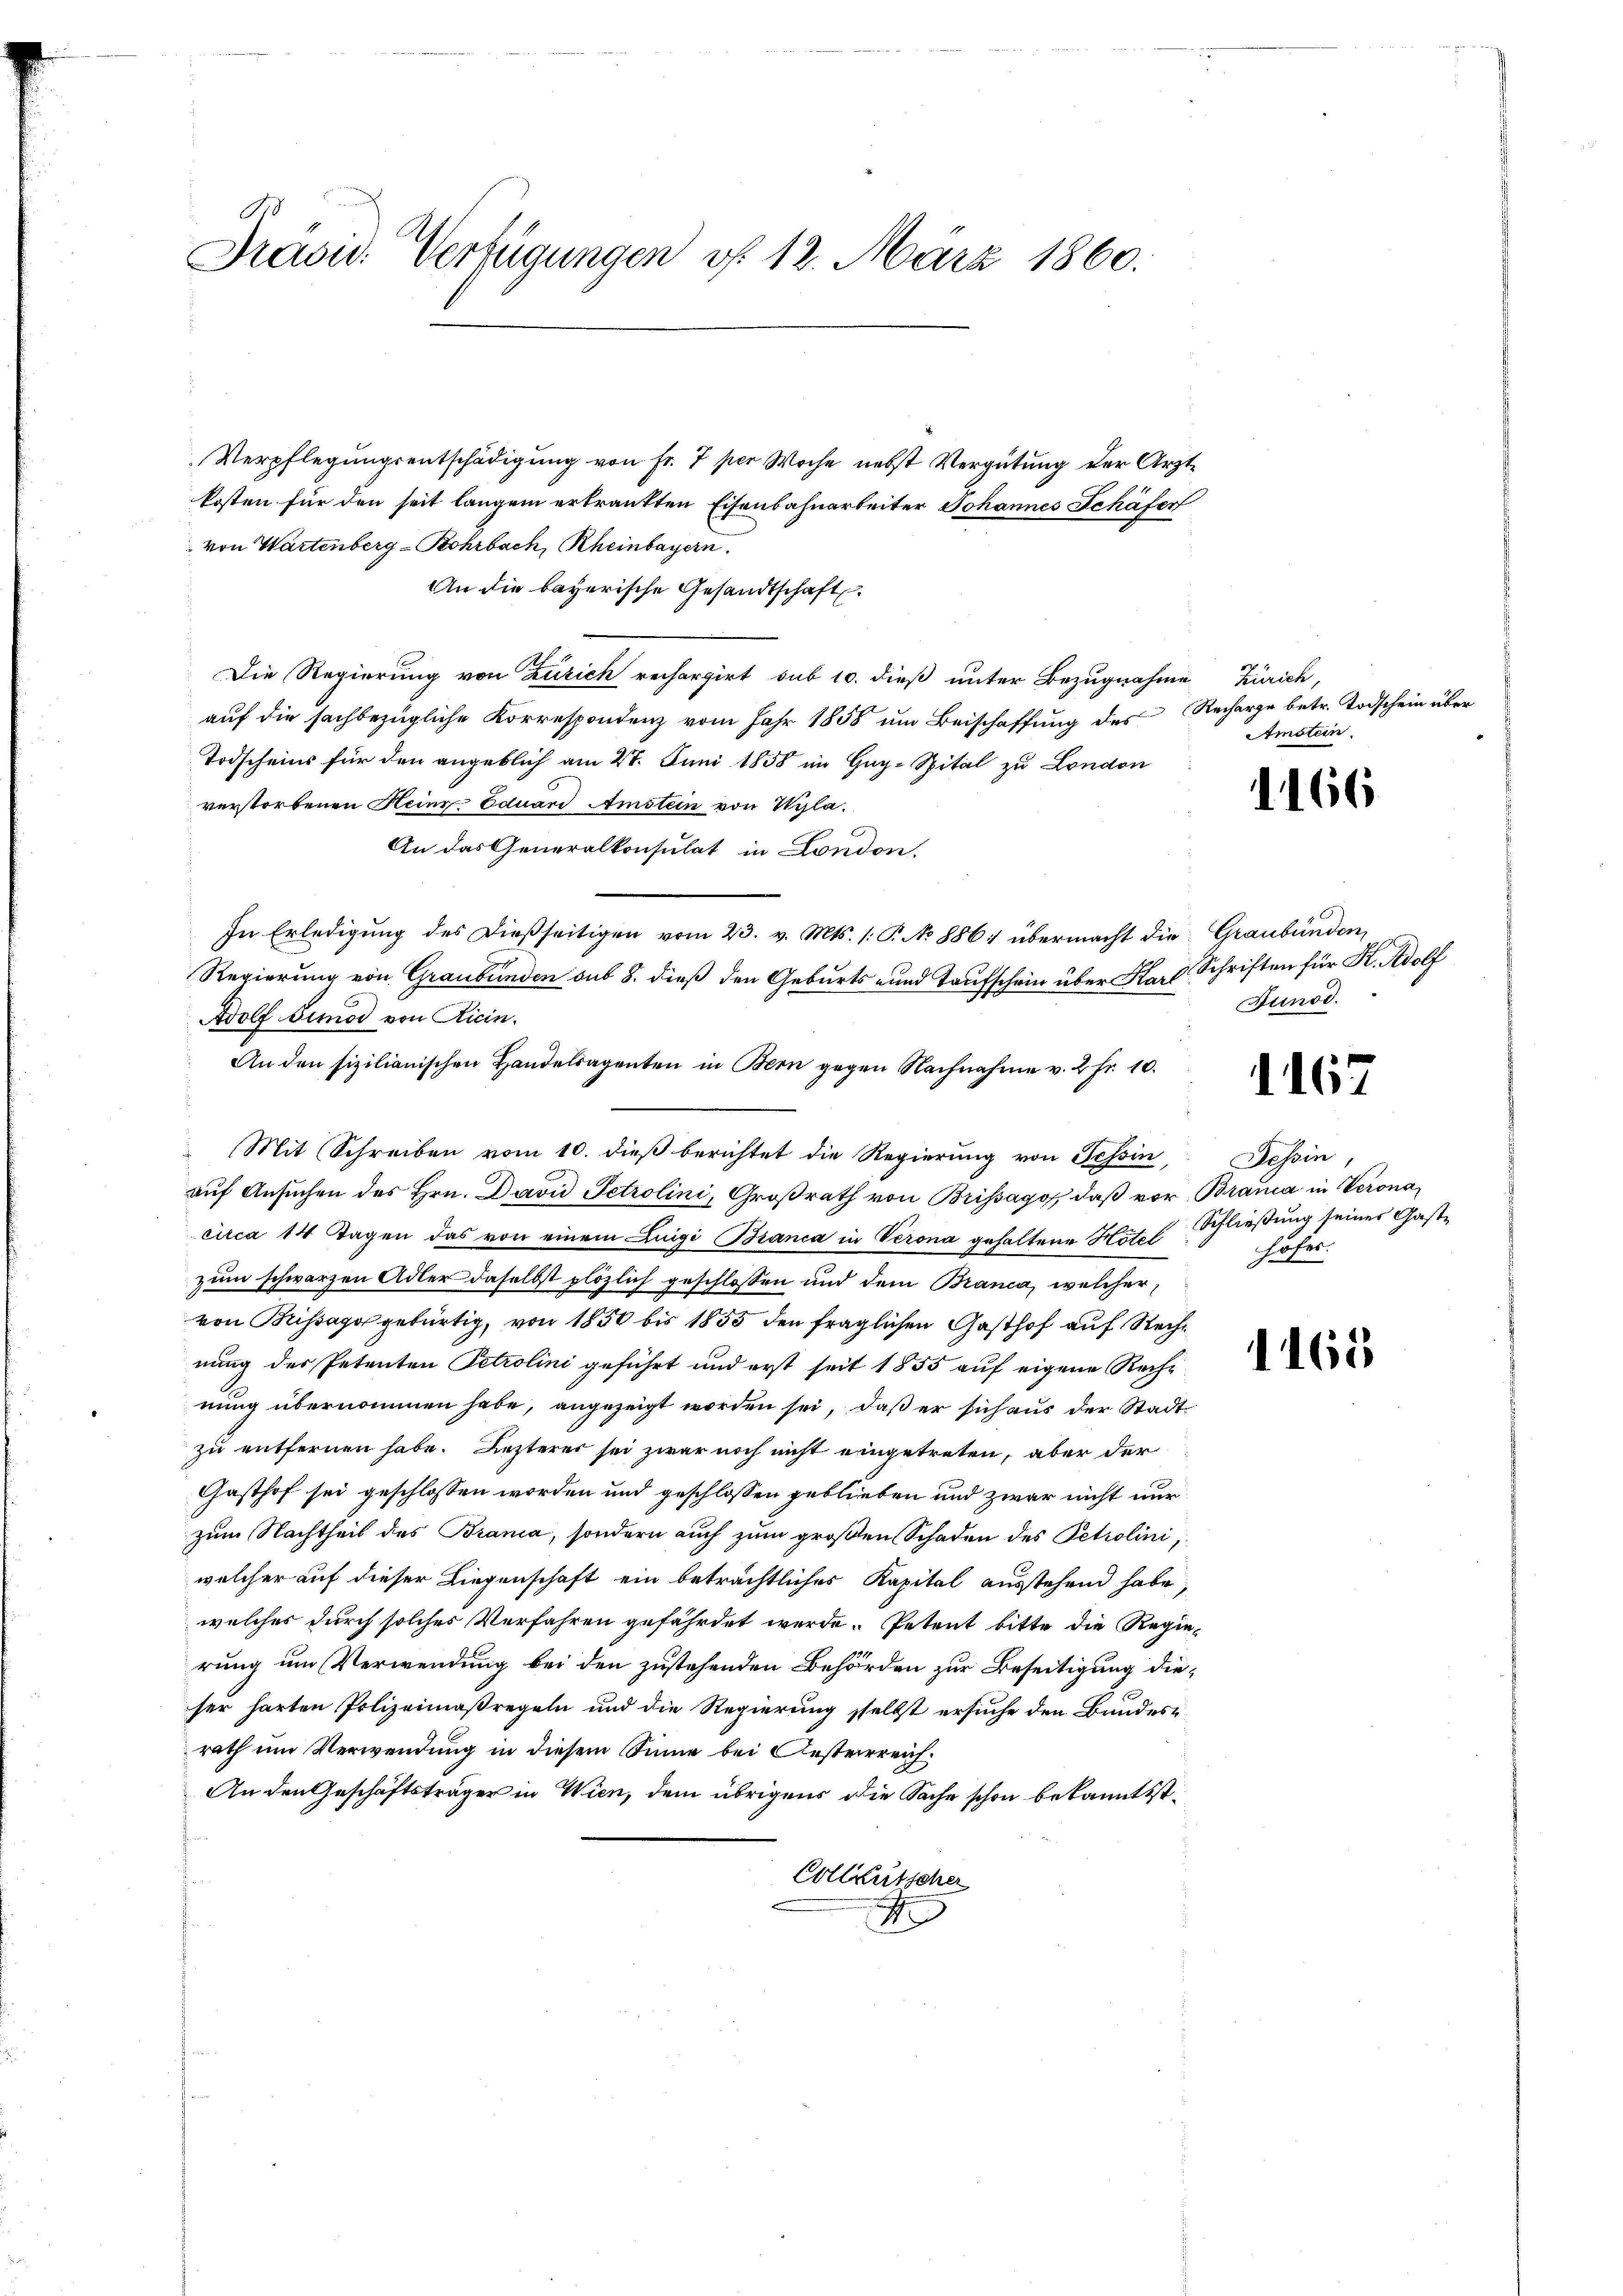
1
Präsid. Verfügungen d. 12. März 1860.

Verpflegungsentschädigung von Fr. 7 per Woche nebst Vergütung der Arztkosten für den seit langem ertrauften Eisenbahnarbeiter Johannes Schäfer
von Wartenberg-Bohrbach, Rheinbayern.
An die bayerische Gesandtschaft
Die Regierung von Zürich rechargirt sub 10. dieß unter Bezugnahme Zürich,
auf die sachbezügliche Korrespondenz vom Jahr 1858 um Beischaffung des Recharge betr. Todschein über
Todscheins für den angeblich am 27. Juni 1858 im Gug-Spital zu London
verstorbenen Heinr-Eduard Amstein von Wyla.
An das Generalkonsulat in London.
In Erledigung des dießseitigen vom 23. v. Mts. /: P. No 886. übermacht die Graubünden,
Regierung von Graubünden sub 8. dieß den Geburts- und Taufschein über Karl Schriften für K. Adolf
Adolf Simod von Ricin.
An den sizilianischen Handelsagenten in Bern gegen Nachnahme v. 2 fr. 10.
Mit Schreiben vom 10. dieß berichtet die Regierung von Tessin, Tessin,
auf Ansuchen des Hrn. David Petrolini, Großrath von Brissago, daß vor Brauca in Verona
circa 14 Tagen das von einem Luigi Bianca in Verona gehaltene Hotel
zum schwarzen Adler daselbst plözlich geschlossen und dem Branca, welcher,
von Brissago gebürtig, von 1850 bis 1855 den fraglichen Gasthof auf Rechnung der Petenten Petrolini geführt und erst seit 1855 auf eigene Reche
nung übernommen habe, angezeigt worden sei, daß er sich aus der Stadtzu entfernen habe. Lezterer sei zwar noch nicht eingetreten, aber der
Gasthof sei geschlossen worden und geschlossen geblieben und zwar nicht nur
zum Nachtheil des Brana, sondern auch zum großen Schaden des Petrolini,
welcher auf dieser Liegenschaft ein beträchtliches Kapital ausstehend habe,
welches durch solches Verfahren gefährdet werde. Petent bitte die Regierung um Verwendung bei den zustehenden Behörden zur Beseitigung dieser harten Polizeimaßregeln und die Regierung selbst ersuche den Bundesrath um Verwendung in diesem Sinne bei Oesterreich
An den Geschäftsträger in Wien, dem übrigens die Sache schon bekannt ist.
Collaritscher
A

Amstein.

1166

Junod.

d. 167

Schließung seines Gast¬
Höfer.

1165